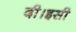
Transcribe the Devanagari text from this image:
दी।इसी